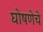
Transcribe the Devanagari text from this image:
घोषणेचे